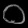
Digit: ၀